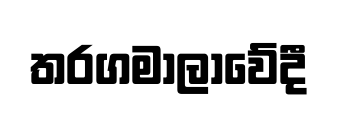
තරගමාලාවේදී